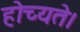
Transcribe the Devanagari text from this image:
होच्यते।